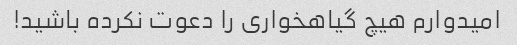
امیدوارم هیچ گیاهخواری را دعوت نکرده باشید!